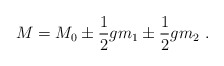
\begin{align*}M = M_0\pm{1\over 2}gm_1 \pm {1\over 2}gm_2 \ .\end{align*}